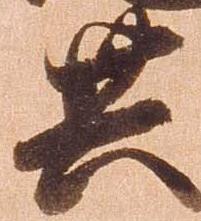
共